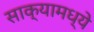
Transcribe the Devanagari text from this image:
साक्यामध्ये